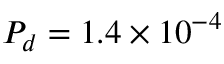
P _ { d } = 1 . 4 \times 1 0 ^ { - 4 }